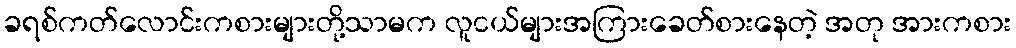
ခရစ်ကတ်လောင်းကစားများတို့သာမက လူငယ်များအကြားခေတ်စားနေတဲ့ အတု အားကစား